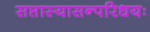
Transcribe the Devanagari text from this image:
सप्तास्यासन्परिधयः